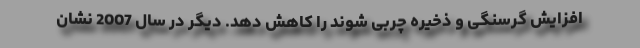
افزایش گرسنگی و ذخیره چربی شوند را کاهش دهد. دیگر در سال 2007 نشان